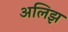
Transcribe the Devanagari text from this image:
अलिझ